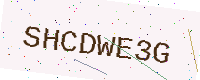
Text: SHCDWE3G